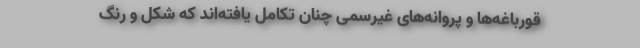
قورباغه‌ها و پروانه‌های غیرسمی چنان تکامل یافته‌اند که شکل و رنگ